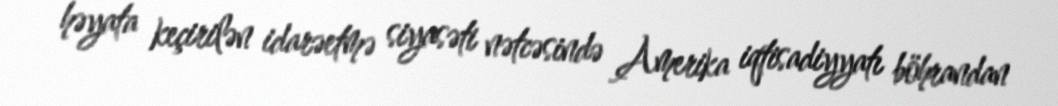
həyata keçirilən idarəetmə siyasəti nətcəsində Amerika iqtisadiyyatı böhrandan